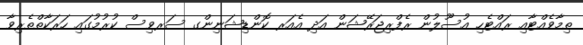
ތިމާވެއްޓާއި ރައްޓެހި އުސޫލުން ރެފްރިޖަރޭޝަން އަދި އެއަރ ކޮންޑިޝަނިންގ ސަރވިސް ކުރުމުގައި ހަރަކާތްތެރިވާ